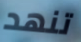
تنهد